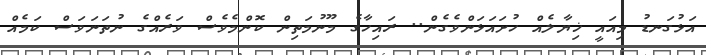
އަޅުގަނޑު މިއައީ ޚިޔާލެއް ހުށައަޅަންވެގެން.. ރައިހާގެ މޫނުމަތިން ކޮންމެވެސް ވަރެއްގެ ނުތަނަވަސް ކަމެއް